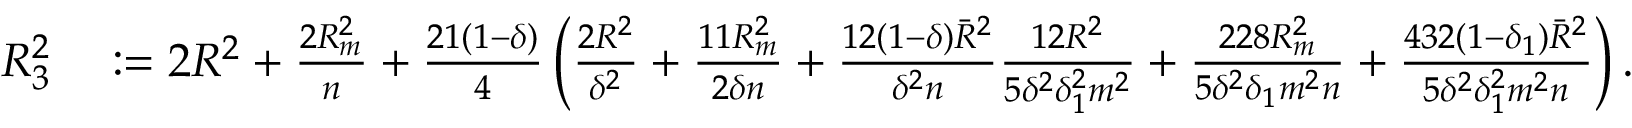
\begin{array} { r l } { { \cal R } _ { 3 } ^ { 2 } } & { \; { : = } \; 2 R ^ { 2 } + \frac { 2 R _ { m } ^ { 2 } } { n } + \frac { 2 1 ( 1 - \delta ) } { 4 } \left( \frac { 2 R ^ { 2 } } { \delta ^ { 2 } } + \frac { 1 1 R _ { m } ^ { 2 } } { 2 \delta n } + \frac { 1 2 ( 1 - \delta ) { \bar { R } } ^ { 2 } } { \delta ^ { 2 } n } \frac { 1 2 R ^ { 2 } } { 5 \delta ^ { 2 } \delta _ { 1 } ^ { 2 } m ^ { 2 } } + \frac { 2 2 8 R _ { m } ^ { 2 } } { 5 \delta ^ { 2 } \delta _ { 1 } m ^ { 2 } n } + \frac { 4 3 2 ( 1 - \delta _ { 1 } ) { \bar { R } } ^ { 2 } } { 5 \delta ^ { 2 } \delta _ { 1 } ^ { 2 } m ^ { 2 } n } \right) . } \end{array}